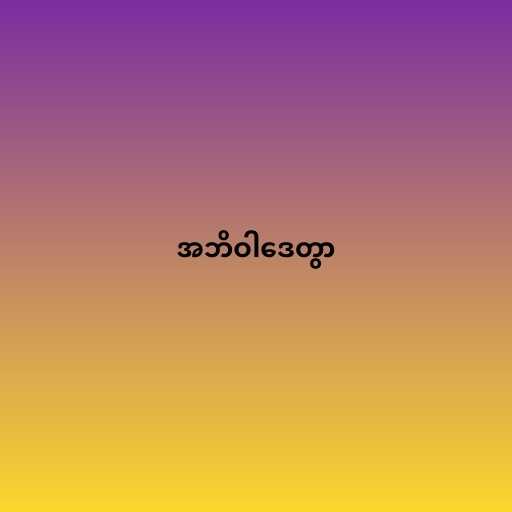
အဘိဝါဒေတွာ